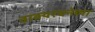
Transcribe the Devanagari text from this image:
वाक्यरचनेच्या